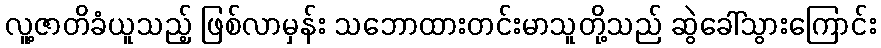
လူ့ဇာတိခံယူသည့် ဖြစ်လာမှန်း သဘောထားတင်းမာသူတို့သည် ဆွဲခေါ်သွားကြောင်း